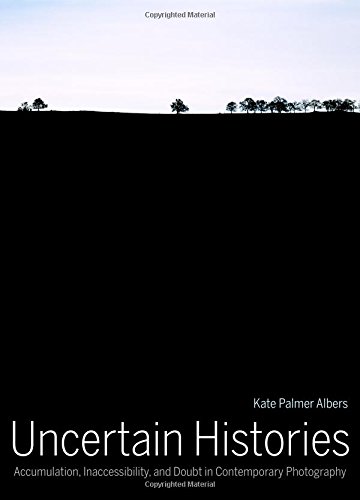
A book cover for Uncertain Histories: Accumulation, Inaccessibility, and Doubt in Contemporary Photography; Kate Palmer Albers; Arts & Photography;